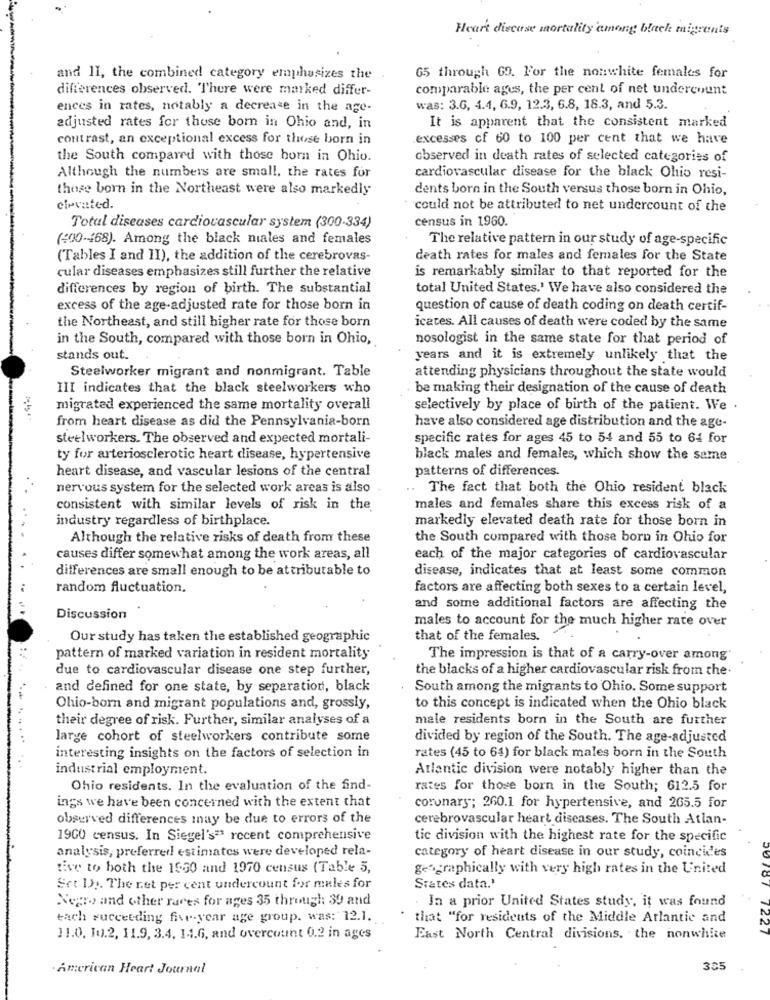
Heart diecase mortality among black migrants
and 1I, the combined category emphasizes the
65 through 69. For the nonwhite females for
differences observed. There were marked differ-
comparable ages, the per cent of net undercount
ences in rates, notably a decrease in the age-
was: 3.6, 4.4, 6.9, 12.3, 6.8, 18.3, and 5.3.
adjusted rates for those born in Ohio and, in
It is apparent that the consistent marked
contrast, an exceptional excess for those born in
excesses cf 60 to 100 per cent that we have
the South compared with those born in Ohio.
observed in death rates of selected categories of
Although the numbers are small. the rates for
cardiovascular disease for the black Ohio resi-
those born in the Northeast were also markedly
dents born in the South versus those born in Ohio,
cirvated.
could not be attributed to net undercount of the
census in 1960.
Total diseases cardiovascular system (300-334)
(200-468). Among the black niales and females
The relative pattern in our study of age-specific
(Tables I and II), the addition of the cerebrovas-
death rates for males and females for the State
cular diseases emphasizes still further the relative
is remarkably similar to that reported for the
differences by region of birth. The substantial
total United States.' We have also considered the
excess of the age-adjusted rate for those born in
question of cause of death coding on death certif-
the Northeast, and still higher rate for those born
icates. All causes of death were coded by the same
in the South, compared with those born in Ohio,
nosologist in the same state for that period of
stands out.
years and it is extremely unlikely that the
Steelworker migrant and nonmigrant. Table
attending physicians throughout the state would
III indicates that the black steelworkers who
be making their designation of the cause of death
migrated experienced the same mortality overall
selectively by place of birth of the patient. We .
from heart disease as did the Pennsylvania-born
have also considered age distribution and the age-
steelworkers. The observed and expected mortali-
specific rates for ages 45 to 54 and 55 to 64 for
ty for arteriosclerotic heart disease, hypertensive
black males and females, which show the same
heart disease, and vascular lesions of the central
patterns of differences.
nervous system for the selected work areas is also
The fact that both the Ohio resident black
consistent with similar levels of risk in the
males and females share this excess risk of a
industry regardless of birthplace.
markedly elevated death rate for those born in
Although the relative risks of death from these
the South compared with those born in Ohio for
causes differ somewhat among the work areas, all
each of the major categories of cardiovascular
differences are small enough to be attributable to
disease, indicates that at least some common
random fluctuation.
factors are affecting both sexes to a certain level,
and some additional factors are affecting the
Discussion
males to account for the much higher rate over
Our study has taken the established geographic
that of the females.
pattern of marked variation in resident mortality
The impression is that of a carry-over among'
due to cardiovascular disease one step further,
the blacks of a higher cardiovascular risk from the.
and defined for one state, by separation, black
South among the migrants to Ohio. Some support
Ohio-born and migrant populations and, grossly,
to this concept is indicated when the Ohio black
their degree of risk. Further, similar analyses of a
male residents born in the South are further
large cohort of steelworkers contribute some
divided by region of the South. The age-adjusted
interesting insights on the factors of selection in
rates (45 to 64) for black males born in the South
industrial employment.
Atlantic division were notably higher than the
Ohio residents. In the evaluation of the find-
rates for those born in the South; 612.5 for
ings we have been concerned with the extent that
coronary; 260.1 for hypertensive, and 265.5 for
observed differences may be due to errors of the
cerebrovascular heart diseases. The South Atlan-
19GO census. In Siegel's=" recent comprehensive
tic division with the highest rate for the specific
analysis, preferred estimates were developed rela-
category of heart disease in our study, coincides
tive to both the 1950 and 1970 census (Table 5,
geographically with very high rates in the United
Set DI. The net per cent undercount for males for
Srates data.'
Negro and other races for ages 35 through 39 and
In a prior United States study, it was found
each succeeding five-year age group. was: 12.1.
that "for residents of the Middle Atlantic and
11.0. 10.2, 11.9, 3.4. 14.6, and overcount 0.2 in ages
East North Central divisions. the nonwhite
.American Heart Journal
335